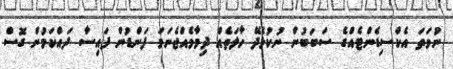
ނުވަތަ އެކްސިޑެންޓެއްގެ ސަބަބުން ނުކުޅެދޭ ހާލަތެއް ދިމާވެއްޖެނަމަ ފަންޑުން ފައިސާ ދައްކަމުން ގޮސް